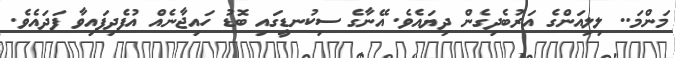
މަންމަ.. ލިލިއަންގެ އަރުބެދިގެން ދިޔައެވެ. އޭނާގެ ސިކުނޑީގައި ބޮޑު ހައިޖާނެއް އުފެދިފައިވާ ފަދައެވެ.